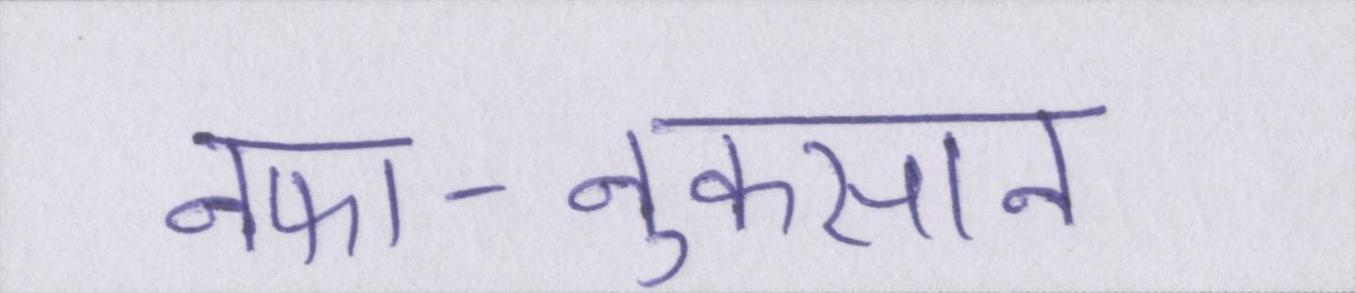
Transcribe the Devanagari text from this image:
नफा-नुकसान